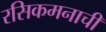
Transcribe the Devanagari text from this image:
रसिकमनाची